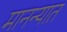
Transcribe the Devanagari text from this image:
मानन्यात